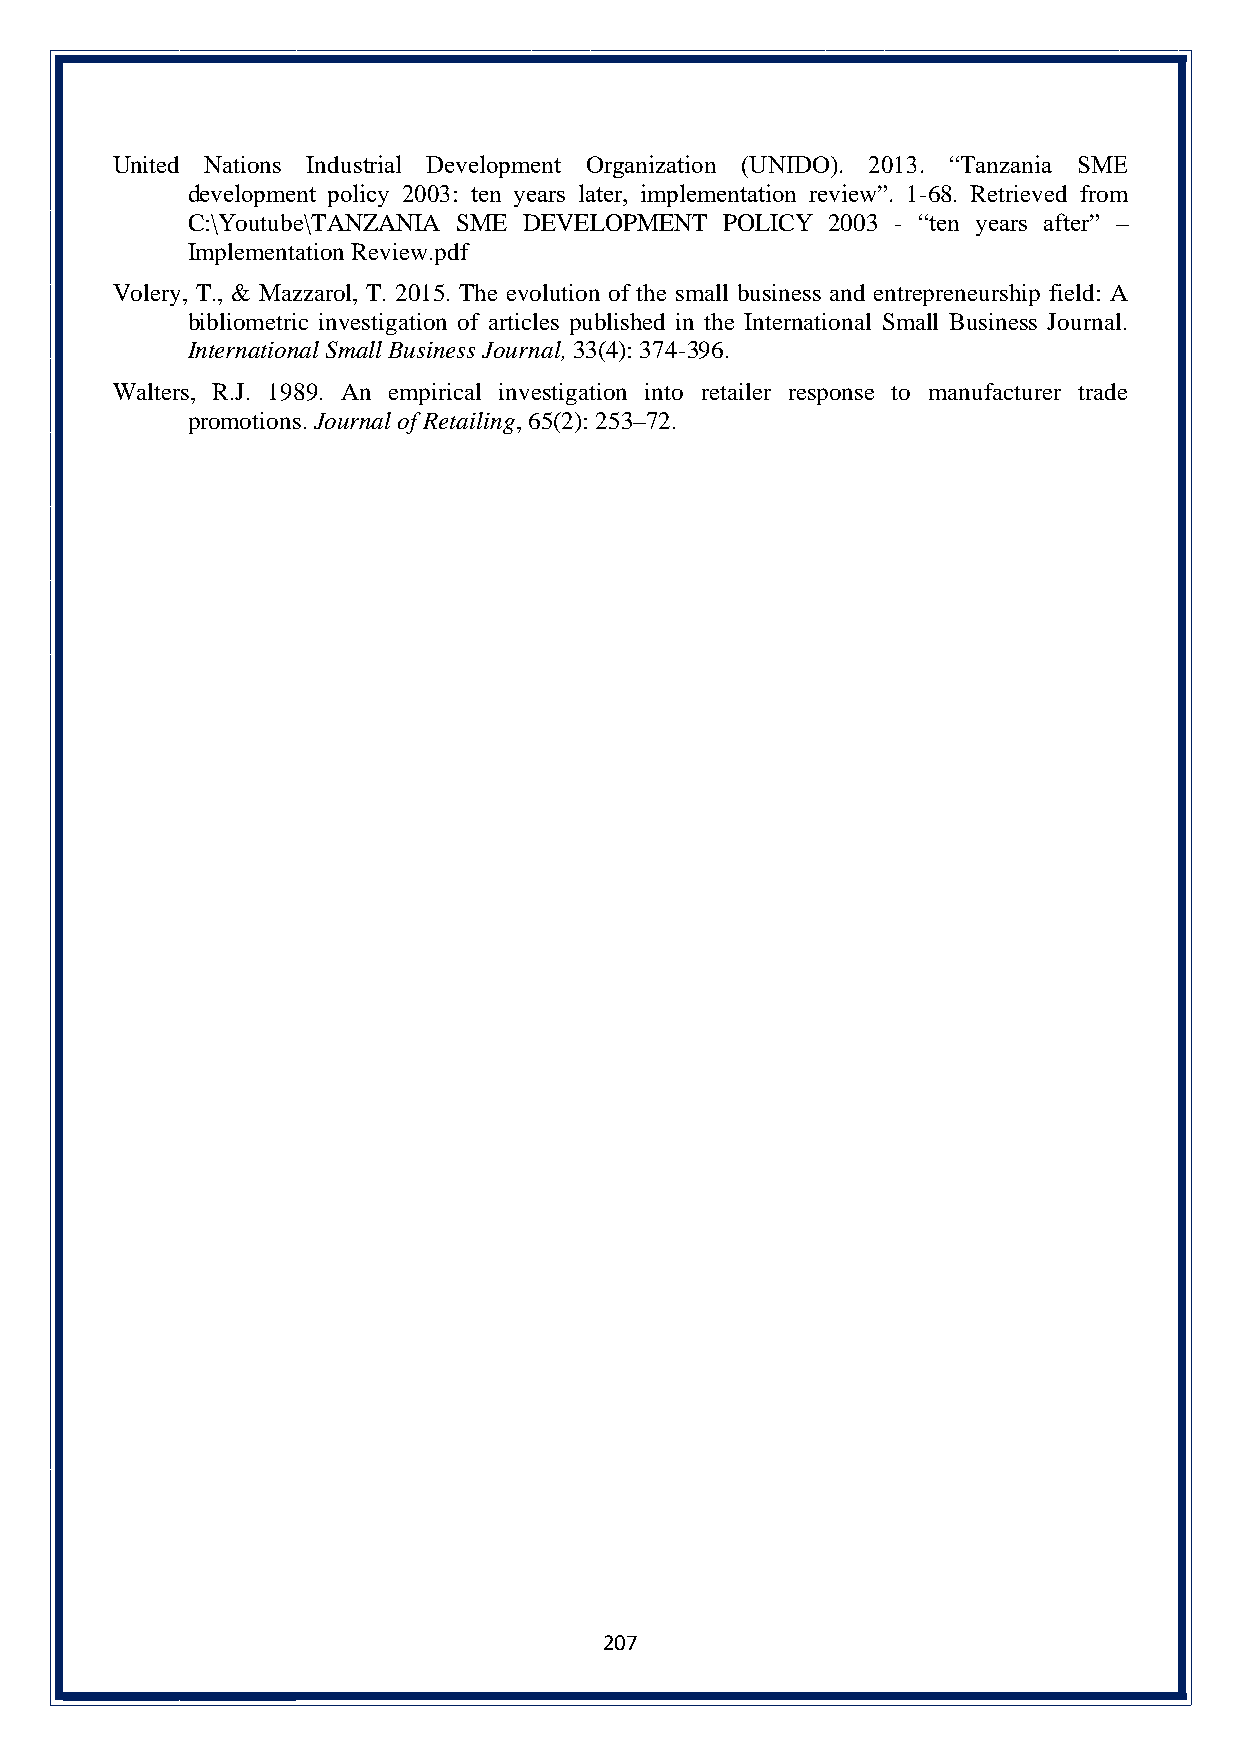
United Nations Industrial Development Organization (UNIDO). 2013. “Tanzania SME
 development policy 2003: ten years later, implementation review”. 1-68. Retrieved from
 C:\Youtube\TANZANIA SME DEVELOPMENT POLICY 2003 - “ten years after” –
 Implementation Review.pdf
 Volery, T., & Mazzarol, T. 2015. The evolution of the small business and entrepreneurship field: A
 bibliometric investigation of articles published in the International Small Business Journal.
 International Small Business Journal, 33(4): 374-396.
 Walters, R.J. 1989. An empirical investigation into retailer response to manufacturer trade
 promotions. Journal of Retailing, 65(2): 253–72.
 207